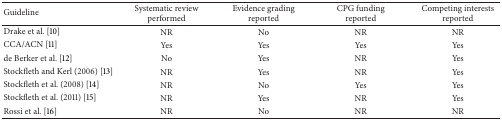
<table><thead><tr><td><b>Guideline</b></td><td><b>Systematic review performed</b></td><td><b>Evidence grading reported</b></td><td><b>CPG funding reported</b></td><td><b>Competing interests reported</b></td></tr></thead><tbody><tr><td>Drake et al. [10]</td><td>NR</td><td>No</td><td>NR</td><td>NR</td></tr><tr><td>CCA/ACN [11]</td><td>Yes</td><td>Yes</td><td>Yes</td><td>Yes</td></tr><tr><td>de Berker et al. [12]</td><td>No</td><td>Yes</td><td>NR</td><td>Yes</td></tr><tr><td>Stockfleth and Kerl (2006) [13] </td><td>NR</td><td>Yes</td><td>NR</td><td>Yes</td></tr><tr><td>Stockfleth et al. (2008) [14] </td><td>NR</td><td>No</td><td>Yes</td><td>Yes</td></tr><tr><td>Stockfleth et al. (2011) [15] </td><td>NR</td><td>Yes</td><td>NR</td><td>Yes</td></tr><tr><td>Rossi et al. [16] </td><td>NR</td><td>No</td><td>NR</td><td>NR</td></tr></tbody></table>